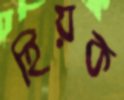
হিয়ক